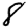
Digit: 8